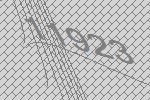
11923